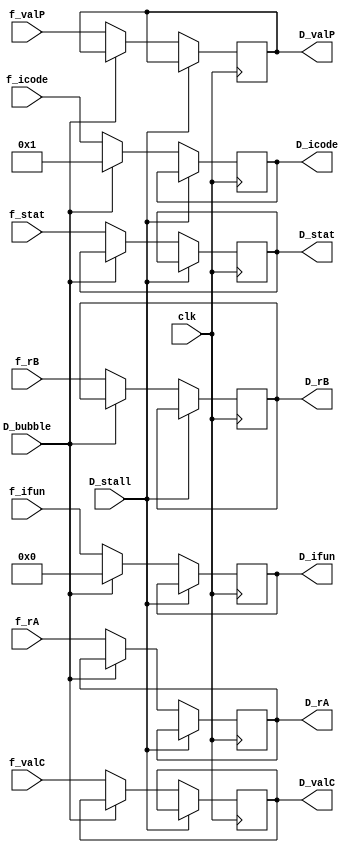
module D_Reg(
    input clk,
    input [3:0] f_icode, f_ifun, f_rA, f_rB, f_stat,
    input [63:0] f_valP, f_valC,
    input D_stall, D_bubble,

    output reg [3:0] D_icode, D_ifun, D_rA, D_rB, D_stat,
    output reg [63:0] D_valC, D_valP
);

    always @(posedge clk)
    begin
        if (!D_stall)
        begin
            if (!D_bubble)
            begin
                D_icode <= f_icode; 
                D_ifun <= f_ifun;
                D_rA <= f_rA;
                D_rB <= f_rB;
                D_valC <= f_valC;
                D_valP <= f_valP;
                D_stat <= f_stat;
            end
            else
            begin
                D_icode <= 4'b1;
                D_ifun <= 4'b0;
            end
        end
    end
endmodule